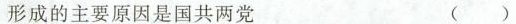
形成的主要原因是国共两党 ( )